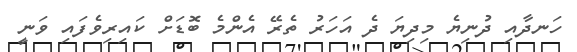
ހަނދާއި ދުނިޔެ މިދިޔަ ދެ އަހަރު ތެރޭ އެންމެ ބޮޑަށް ކައިރިވެފައި ވަނީ